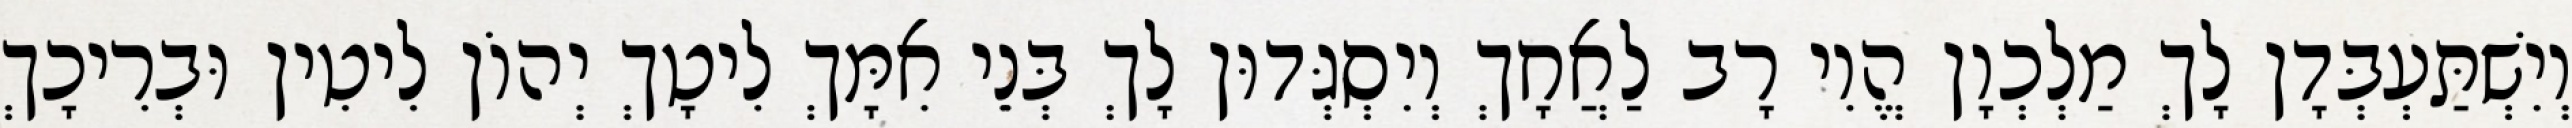
וְיִשְׁתַּעְבְּדָן לָךְ מַלְכְוָן הֱוִי רָב לַאֲחָךְ וְיִסְגְּדוּן לָךְ בְּנֵי אִמָּךְ לִיטָךְ יְהוֹן לִיטִין וּבְרִיכָךְ